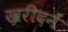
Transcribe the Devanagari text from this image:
ख्ररीदनें